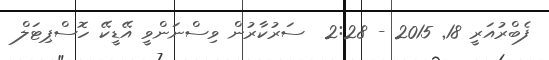
ފެބްރުއަރީ 18